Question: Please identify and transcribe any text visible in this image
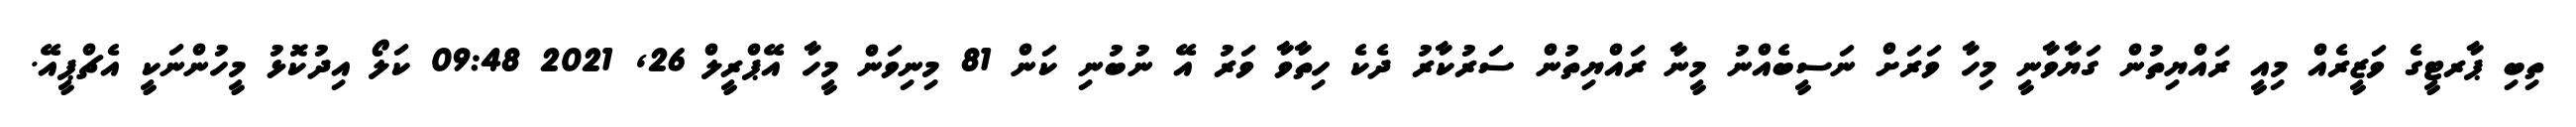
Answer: ތިބި ޕާރޓީގެ ވަޒީރެއް މިއީ ރައްޔިތުން ގަޔާވާނީ މިހާ ވަރަށް ނަސީބެއްނު މީނާ ރައްޔިތުން ސަރުކާރު ދެކެ ހިތާވާ ވަރު އޭ ނުބުނި ކަން 81 މިނިވަން މީހާ އޭޕްރީލް 26, 2021 09:48 ކަލޯ އިދުކޮޅު މީހުންނަކީ އެޗްޕީއޭ.